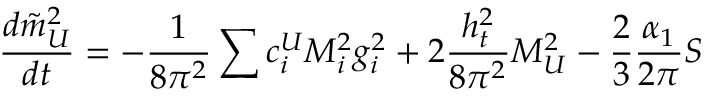
\frac { d \tilde { m } _ { U } ^ { 2 } } { d t } = - \frac 1 { 8 \pi ^ { 2 } } \sum { c _ { i } ^ { U } M _ { i } ^ { 2 } g _ { i } ^ { 2 } } + 2 \frac { h _ { t } ^ { 2 } } { 8 \pi ^ { 2 } } { \cal M } _ { U } ^ { 2 } - \frac 2 3 \frac { \alpha _ { 1 } } { 2 \pi } S \nonumber